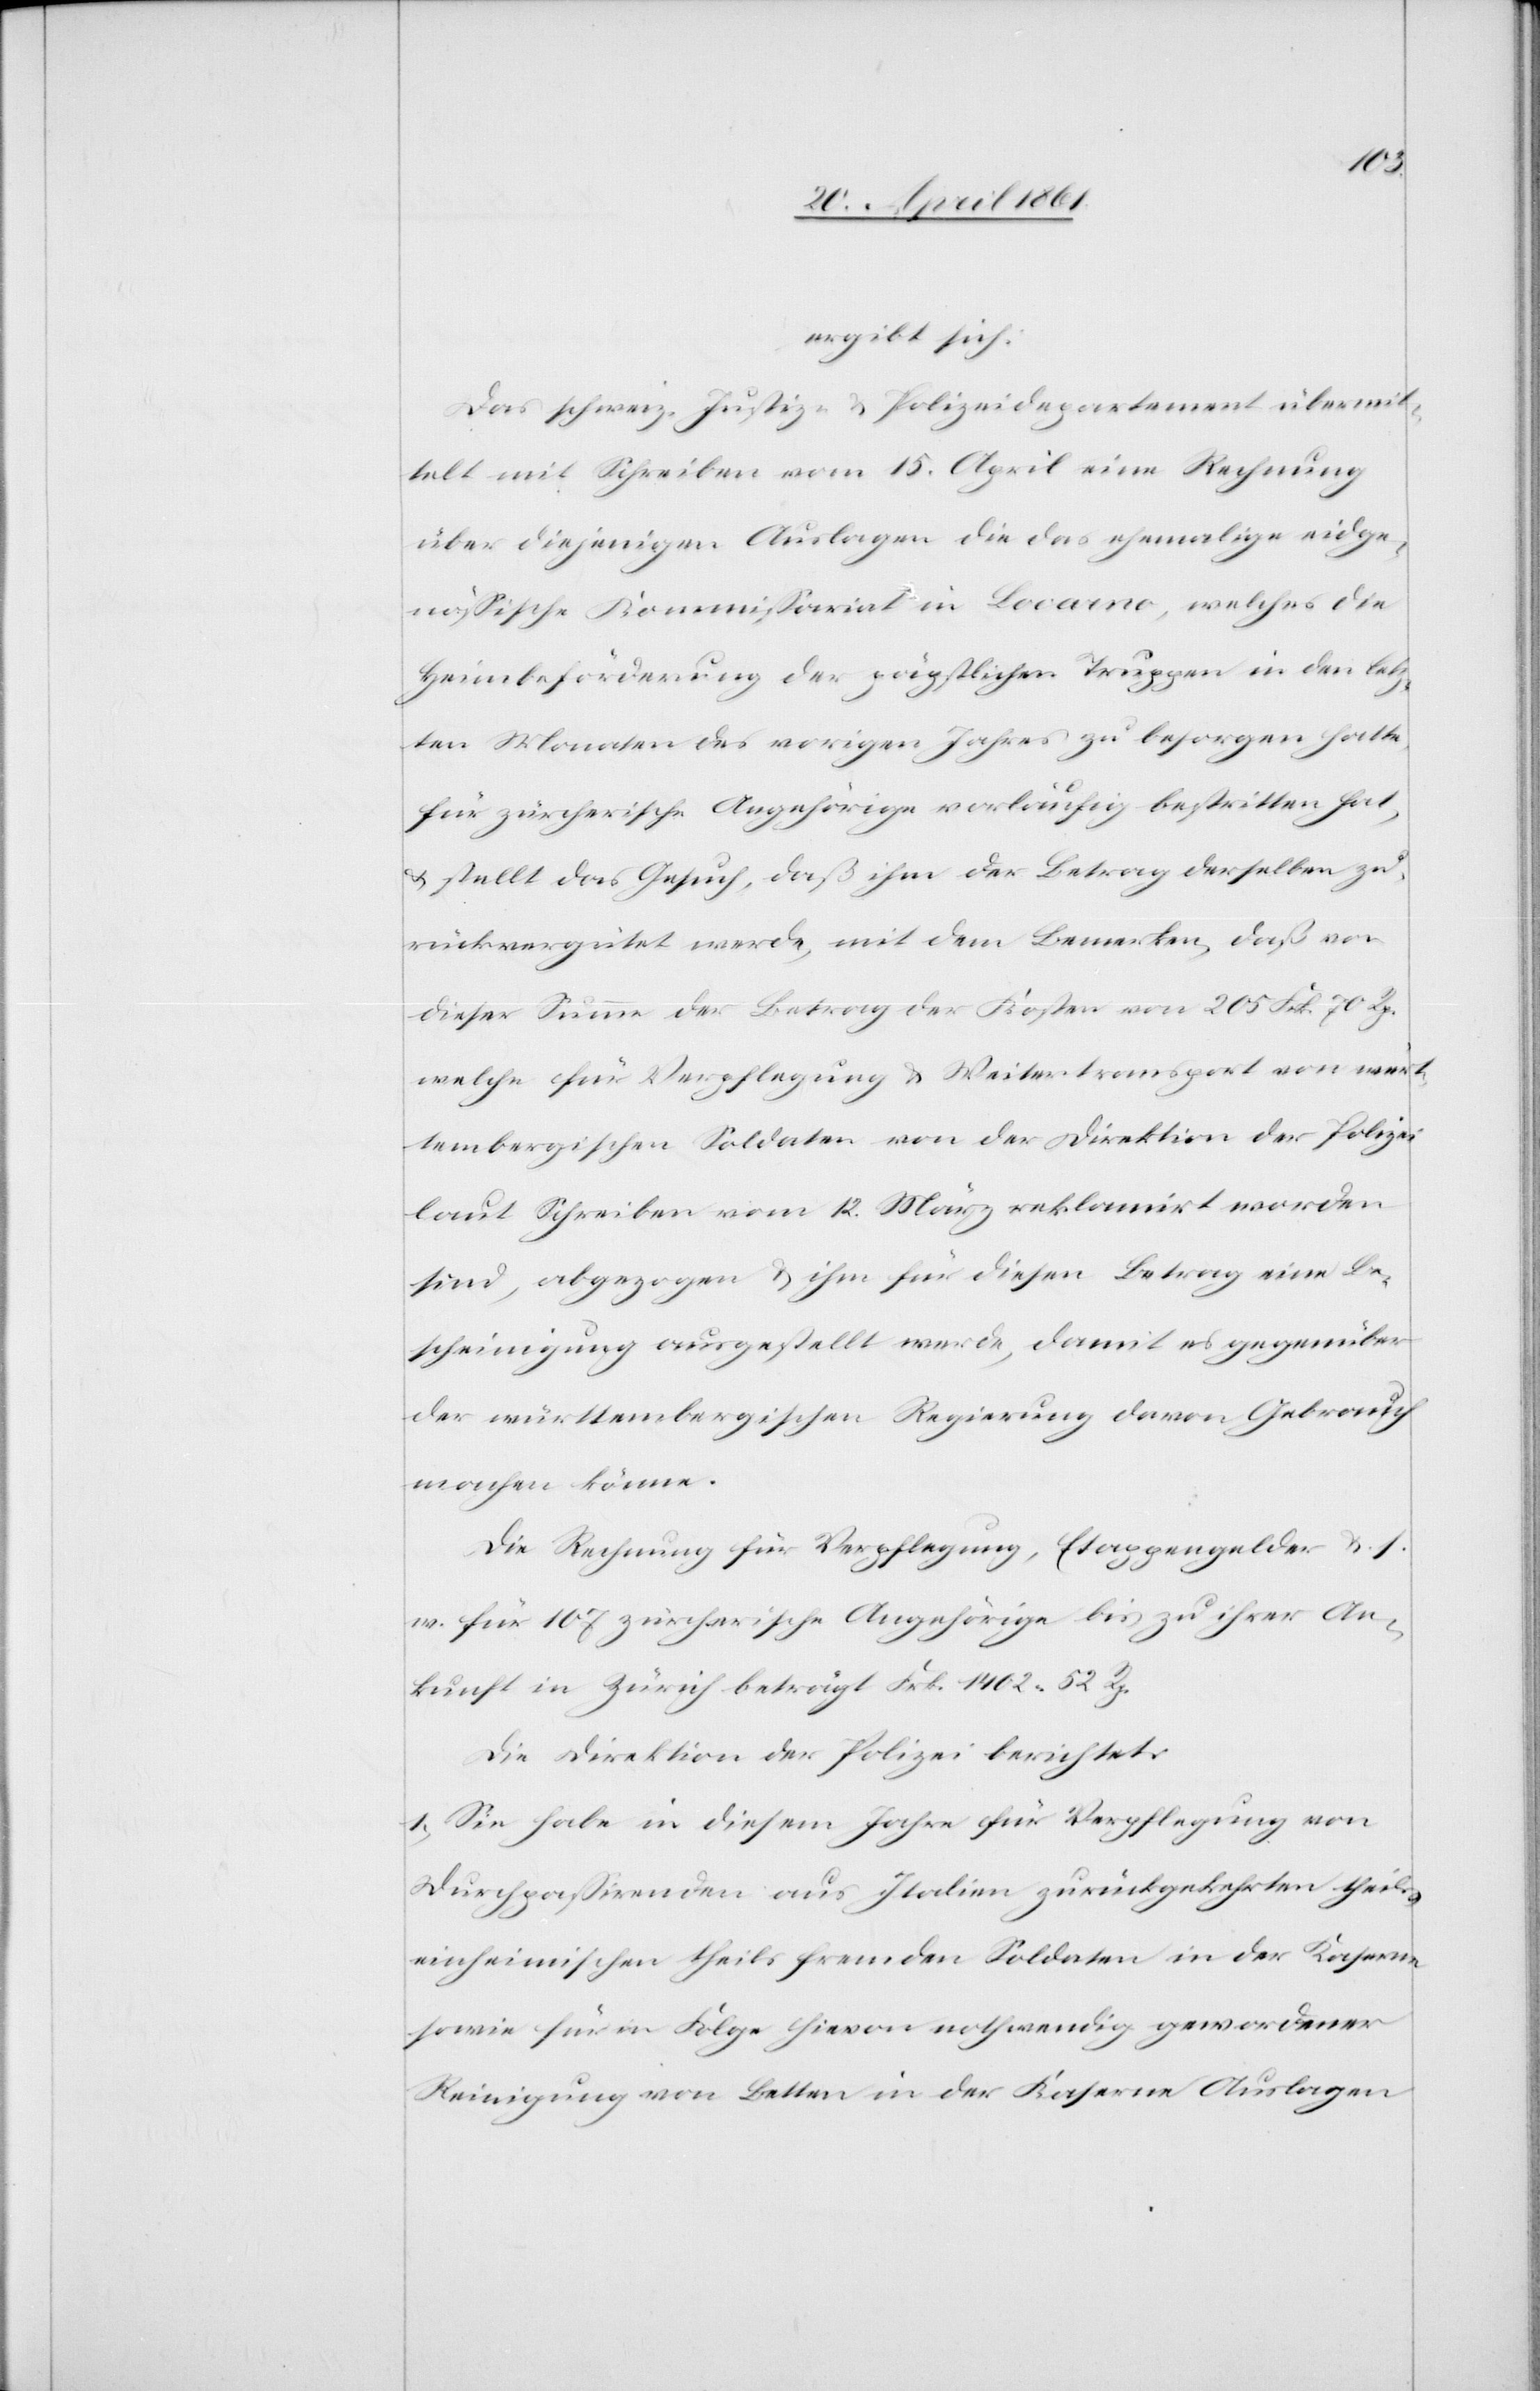
ergibt sich:
Das schweiz. Justiz- u. Polizeidepartement übermit¬
telt mit Schreiben vom 15. April eine Rechnung
über diejenigen Auslagen die das ehemalige eidge¬
nössische Kommissariat in Locarno, welches die
Heimbeförderung der päpstlichen Truppen in den letz¬
ten Monaten des vorigen Jahres zu besorgen hatte
für zürcherische Angehörige vorläufig bestritten hat,
u. stellt das Gesuch, daß ihm der Betrag derselben zu¬
rückvergütet werde, mit dem Bemerken, daß von
dieser Summe der Betrag der Kosten von 205 Frk. 70 Rp.
welche für Verpflegung u. Weitertransport von würt¬
tembergischen Soldaten von der Direktion der Polizei
laut Schreiben vom 12. März reklamirt worden
sind, abgezogen u. ihm für diesen Betrag eine Be¬
scheinigung ausgestellt werde, damit es gegenüber
der württembergischen Regierung davon Gebrauch
machen könne.
Die Rechnung für Verpflegung, Etappengelder u. s.
w. für 107 zürcherische Angehörige bis zu ihrer An¬
kunft in Zürich beträgt Frk. 1402 52 Rp.
Die Direktion der Polizei berichtet:
1. Sie habe in diesem Jahre für Verpflegung von
Durchpassirenden aus Italien zurückgekehrten theils
einheimischen theils fremden Soldaten in der Kaserne
sowie für in Folge hievon nothwendig gewordener
Reinigung von Betten in der Kaserne Auslagen